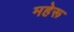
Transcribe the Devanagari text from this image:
महेरू